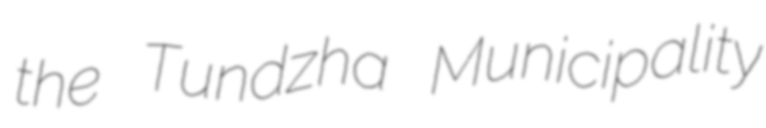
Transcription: the Tundzha Municipality